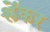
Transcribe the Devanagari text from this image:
श्लेंकर